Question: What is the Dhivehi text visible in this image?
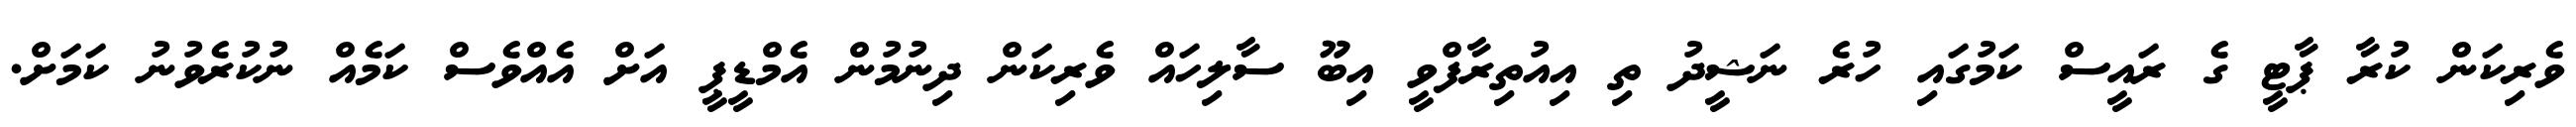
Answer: ވެރިކަން ކުރާ ޕާޓީ ގެ ރައީސް ކަމުގައި ހުރެ ނަޝީދު ތި އިއުތިރާފްވީ އިބޫ ސާލިހައް ވެރިކަން ދިނުމުން އެމްޑީޕީ އަށް އެއްވެސް ކަމެއް ނުކުރެވުނު ކަމަށް.